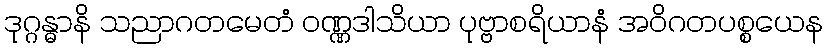
ဒုဂ္ဂန္ဓာနိ သညာဂတမေတံ ဝဏ္ဏဒါသိယာ ပုဗ္ဗာစရိယာနံ အဝိဂတပစ္စယေန